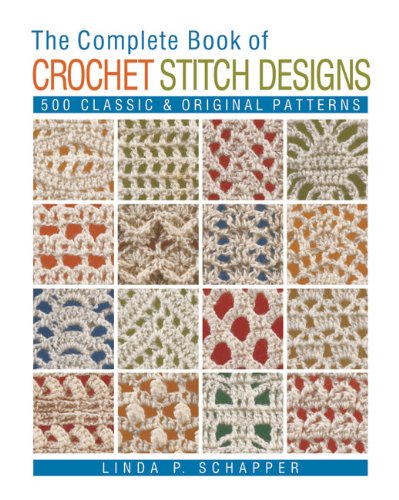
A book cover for The Complete Book of Crochet Stitch Designs: 500 Classic & Original Patterns; Linda P. Schapper; Crafts, Hobbies & Home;